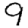
Digit: 9